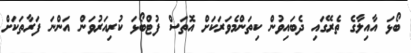
ބޯޅަ އާއިލާގެ ތެރޭގައި ދެބައިވުން ކިތަންމެވަރަކަށް އޮތަސް ފުޓްބޯޅަ ކުރިއަރުވަން އަންނަ ފަރާތަކަށް